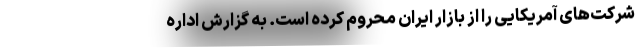
شرکت‌های آمریکایی را از بازار ایران محروم کرده است. به گزارش اداره